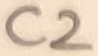
Text: C2